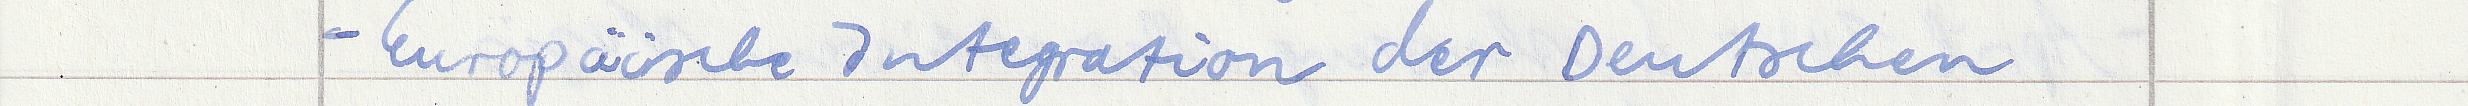
- Europäische Integration der Deutschen